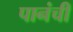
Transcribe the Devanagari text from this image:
पानंची